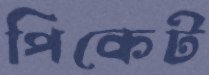
পিকেট